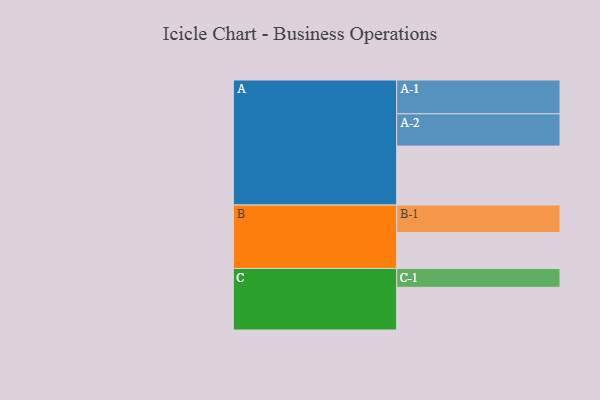
{"axis": {"x": "Segment", "y": "Value"}, "legend": ["", "A", "B", "C"], "data": [{"x": "A", "y": 506, "type": ""}, {"x": "B", "y": 308, "type": ""}, {"x": "C", "y": 366, "type": ""}, {"x": "A-1", "y": 290, "type": "A"}, {"x": "A-2", "y": 277, "type": "A"}, {"x": "B-1", "y": 236, "type": "B"}, {"x": "C-1", "y": 162, "type": "C"}]}